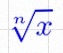
\sqrt[n]{x}